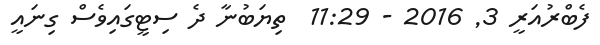
ފެބްރުއަރީ 3